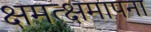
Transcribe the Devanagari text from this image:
क्षमत्क्षमापना